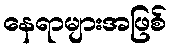
နေရာများအဖြစ်